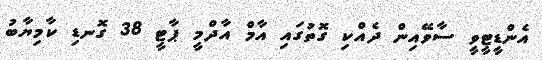
އެންޑީޓީވީ ސާވޭއިން ދެއްކި ގޮތުގައި އާމް އާދްމީ ޕާޓީ 38 ގޮނޑި ކާމިޔާބު